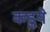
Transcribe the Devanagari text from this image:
कडुये